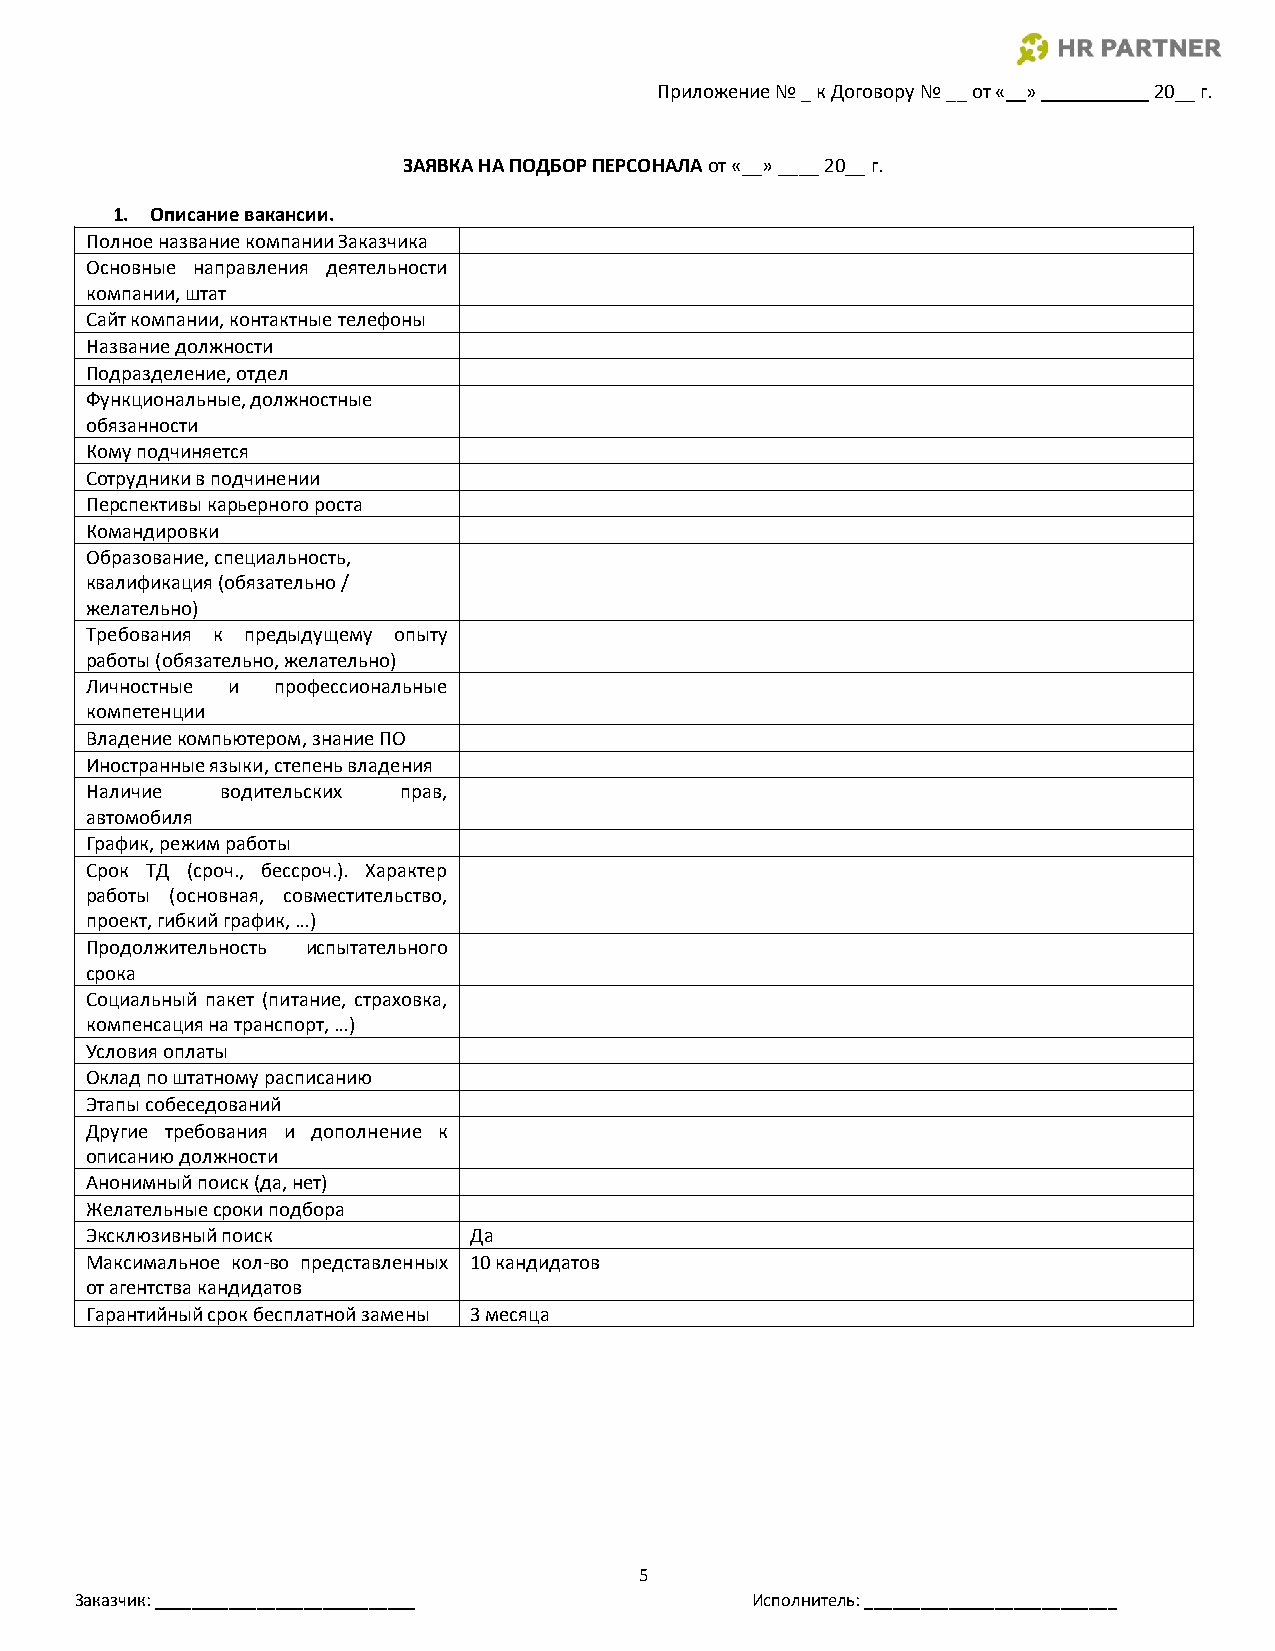
Приложение № _ к Договору № __ от «__» ___________ 20__ г.
 ЗАЯВКА НА ПОДБОР ПЕРСОНАЛА от «__» ____ 20__ г.
 1. Описание вакансии.
 Полное название компании Заказчика
 Основные направления деятельности
 компании, штат
 Сайт компании, контактные телефоны
 Название должности
 Подразделение, отдел
 Функциональные, должностные
 обязанности
 Кому подчиняется
 Сотрудники в подчинении
 Перспективы карьерного роста
 Командировки
 Образование, специальность,
 квалификация (обязательно /
 желательно)
 Требования к предыдущему опыту
 работы (обязательно, желательно)
 Личностные и профессиональные
 компетенции
 Владение компьютером, знание ПО
 Иностранные языки, степень владения
 Наличие  водительских прав,
 автомобиля
 График, режим работы
 Срок ТД (сроч., бессроч.). Характер
 работы (основная, совместительство,
 проект, гибкий график, …)
 Продолжительность испытательного
 срока
 Социальный пакет (питание, страховка,
 компенсация на транспорт, …)
 Условия оплаты
 Оклад по штатному расписанию
 Этапы собеседований
 Другие требования и дополнение к
 описанию должности
 Анонимный поиск (да, нет)
 Желательные сроки подбора
 Эксклюзивный поиск       Да
 Максимальное кол-во представленных 10 кандидатов
 от агентства кандидатов
 Гарантийный срок бесплатной замены 3 месяца
 5
 Заказчик: ____________________________       Исполнитель: ___________________________